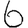
Digit: 6